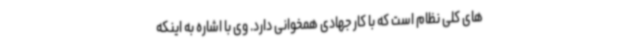
های کلی نظام است که با کار جهادی همخوانی دارد. وی با اشاره به اینکه